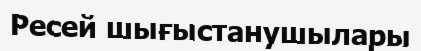
Ресей шығыстанушылары